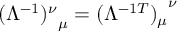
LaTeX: { ( \Lambda ^ { - 1 } ) ^ { \nu } } _ { \mu } = { ( \Lambda ^ { - 1 T } ) _ { \mu } } ^ { \nu }